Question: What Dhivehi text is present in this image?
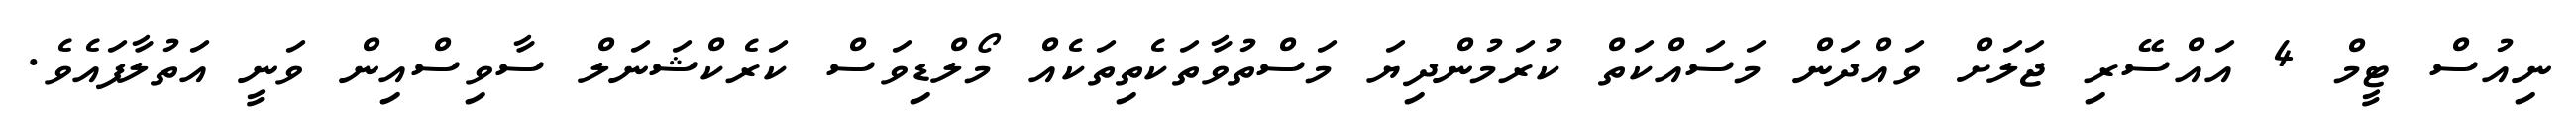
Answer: ނިއުސް ޓީމް 4 އައްސޭރި ޖަލަށް ވައްދަން މަސައްކަތް ކުރަމުންދިޔަ މަސްތުވާތަކެތިތަކެއް މޯލްޑިވަސް ކަރެކްޝަނަލް ސާވިސްއިން ވަނީ އަތުލާފައެވެ.